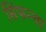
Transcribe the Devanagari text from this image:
सिंफन्या